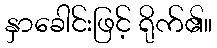
နှာခေါင်းဖြင့် ရိုက်၏။